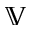
\mathbb { V }